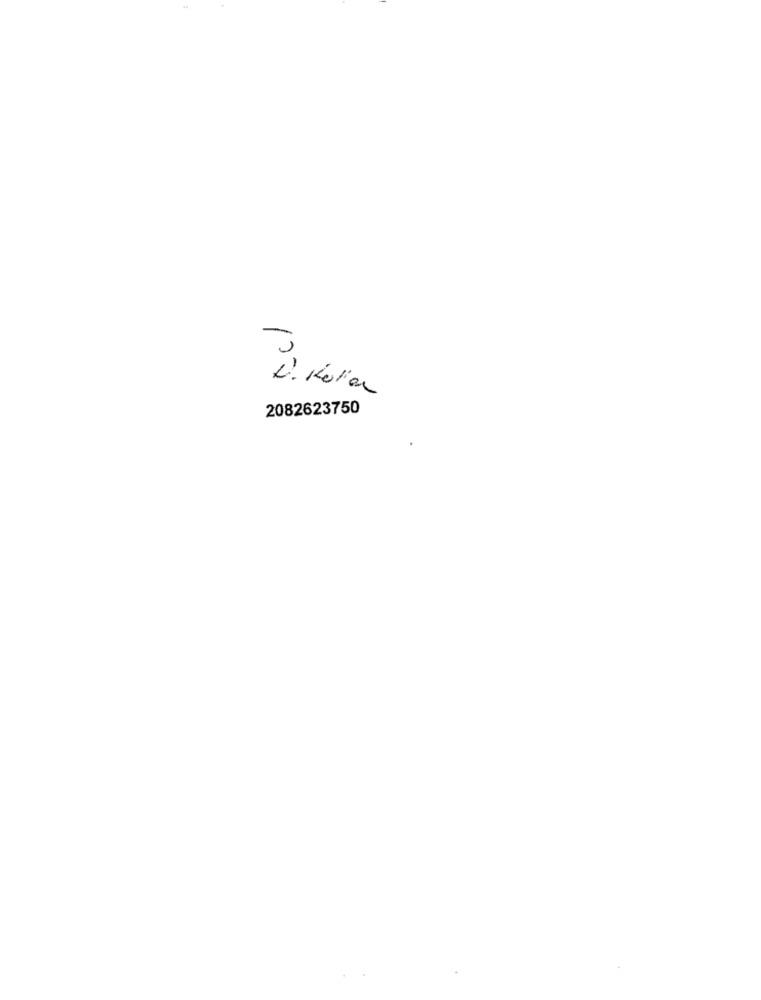
2082623750